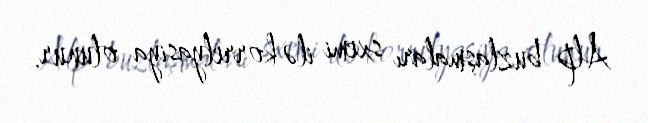
Alp buzlaşmaları sxemi ilə korrelyasiya olunur.